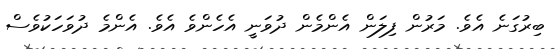
ބިރުގަނެ އެވެ. މަރުން ފިލަން އެންމެން ދުވަނީ އެހެންވެ އެވެ. އެންމެ ދުވަހަކުވެސް